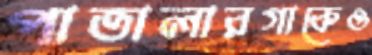
পাতালারগাকেও